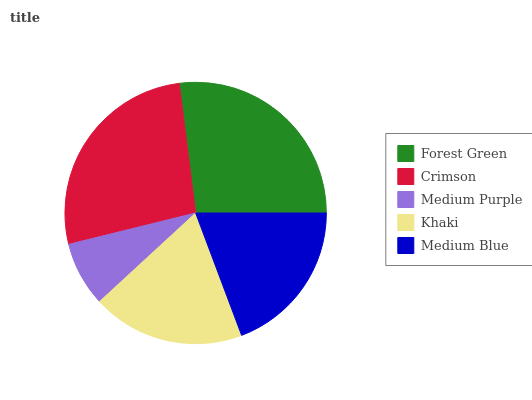
| Forest Green | Crimson | Medium Purple | Khaki | Medium Blue |
 | --- | --- | --- | --- | --- |
 | 27% | 26.9% | 7.99% | 18.9% | 19.2% |